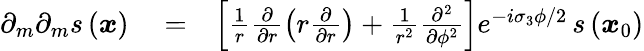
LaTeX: \begin{array}{rlr}{\partial_{m}\partial_{m}s\left(\boldsymbol{x}\right)}&{{}=}&{\left[\frac{1}{r}\frac{\partial}{\partial r}\left(r\frac{\partial}{\partial r}\right)+\frac{1}{r^{2}}\frac{\partial^{2}}{\partial\phi^{2}}\right]e^{-i\sigma_{3}\phi/2}\, s\left(\boldsymbol{x}_{0}\right)}\end{array}